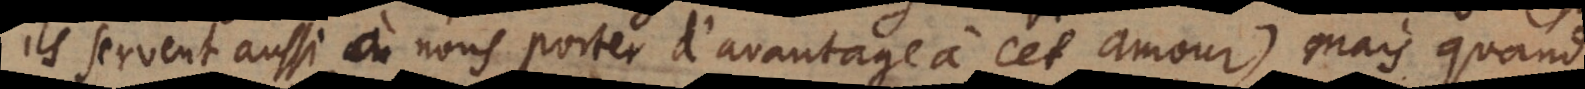
ils servent aussi à nous porter d’avantage à cet amour) mais quand